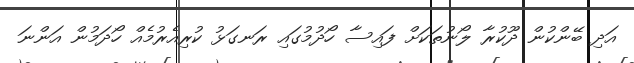
އަދި ބޭންކުން ދޫކުރާ ލޯނުތަކަށް ފައިސާ ހޯދުމުގައި ރަނގަޅު ކުރިއެރުމެއް ހޯދަމުން އަންނަ